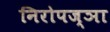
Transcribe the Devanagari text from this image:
निरोपज्ञा